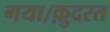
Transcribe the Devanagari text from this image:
गया।क़ुदरत